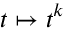
t \mapsto t ^ { k }